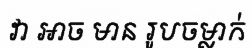
វា អាច មាន រូបចម្លាក់